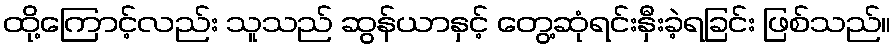
ထို့ကြောင့်လည်း သူသည် ဆွန်ယာနှင့် တွေ့ဆုံရင်းနှီးခဲ့ရခြင်း ဖြစ်သည်။